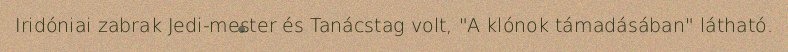
Iridóniai zabrak Jedi-mester és Tanácstag volt, "A klónok támadásában" látható.